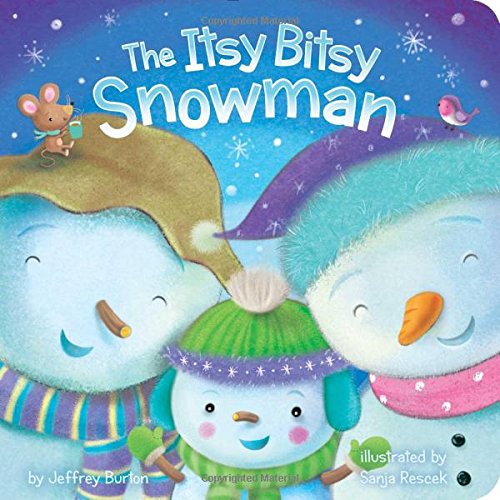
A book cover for The Itsy Bitsy Snowman; Jeffrey Burton; Children's Books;